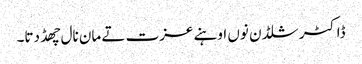
ڈاکٹر شلڈن نوں اوہنے عزت تے مان نال چھڈ دتا۔